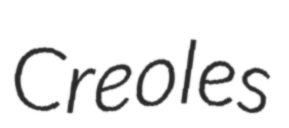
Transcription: Creoles